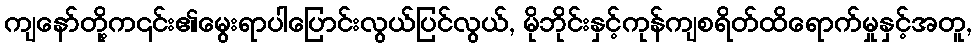
ကျနော်တို့က၎င်း၏မွေးရာပါပြောင်းလွယ်ပြင်လွယ်, မိုဘိုင်းနှင့်ကုန်ကျစရိတ်ထိရောက်မှုနှင့်အတူ,